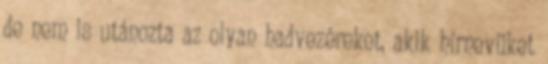
de nem is utánozta az olyan hadvezéreket, akik hírnevüket